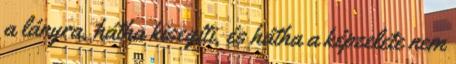
a lányra, hátha kisegíti, és hátha a képzelete nem